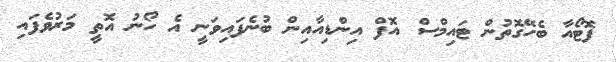
ފޮޓޯއާ ބެހޭގޮތުން ޓައިމްސް އޮފް އިންޑިއާއިން ބުނެފައިވަނީ އެ ހޯނު އޮތީ މަރުވެފައި